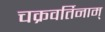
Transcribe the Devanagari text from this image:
चक्रवर्तिनाम्